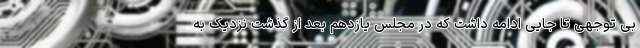
بی توجهی تا جایی ادامه داشت که در مجلس یازدهم بعد از گذشت نزدیک به